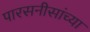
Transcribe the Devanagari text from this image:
पारसनीसांच्या